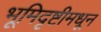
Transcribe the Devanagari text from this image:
भूमिदृष्टीमधून